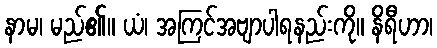
နာမ၊ မည်၏။ ယံ၊ အကြင်အဗျာပါရနည်းကို။ နိရီဟာ၊